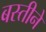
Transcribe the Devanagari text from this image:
बस्तीने